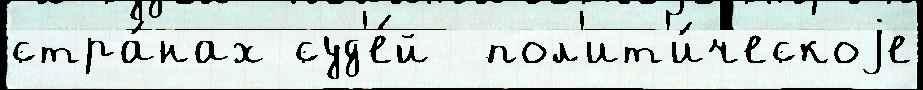
стра́нах суд'е́й  пол'ит'и́ческоjе